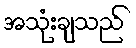
အသုံးချသည်